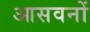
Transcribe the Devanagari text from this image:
आसवनों